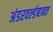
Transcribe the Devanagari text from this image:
अंडरवर्ल्डबाबत